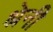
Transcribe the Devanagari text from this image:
श्रेनी